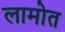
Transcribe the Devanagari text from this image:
लामोत